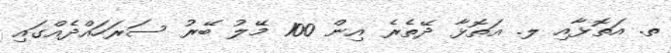
ތ. އަތޮޅާއި ލ. އަތޮޅާ ދޭތެރެ އިން 100 މޭލު ބޭރު ސަރަހައްދެއްގައި